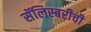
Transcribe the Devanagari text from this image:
सॅलिस्बरीची